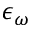
\epsilon _ { \omega }